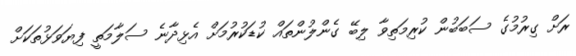
ރަށް ގިރުމުގެ ސަބަބުން ކުރިމަތިވާ ލިބޭ ގެންލުންތައް ކުޑަކުރުމަށް އެޅިދާނެ ސަލާމަތީ ފިޔަވަޅުތަކަށް